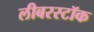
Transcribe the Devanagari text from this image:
लीबरस्टॉक